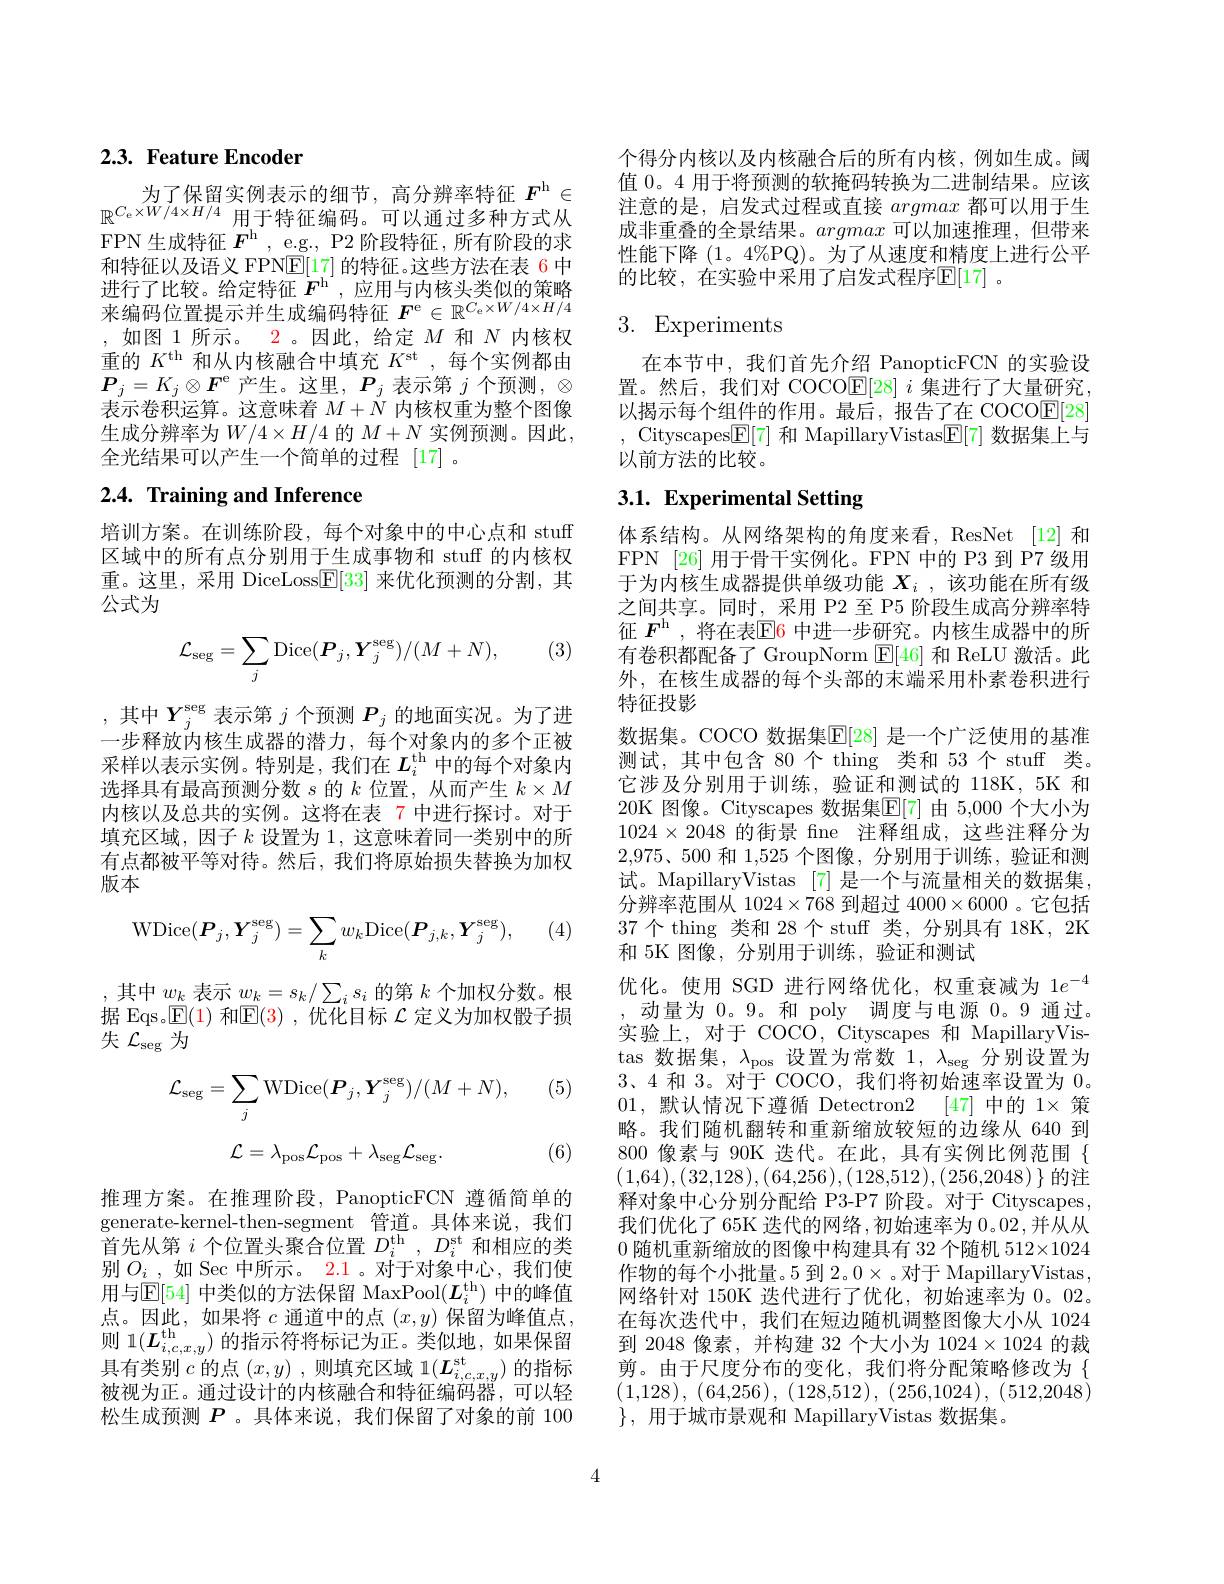
## 2.3. Feature Encoder

为了保留实例表示的细节，高分辨率特征$F^\mathrm{h}\in$ $\mathbb{R}^{C_{\mathrm{e}}\times W/4\times H/4}$用于特征编码。可以通过多种方式从FPN 生成特征$\boldsymbol{F}^\mathrm{h},\underline{\mathrm{e.g.,~P2~阶段特征，~所有阶段的求}}$ 和特征以及语义 FPNE[17]的特征。这些方法在表 6 中进行了比较。给定特征$F^\mathrm{h}$ ,应用与内核头类似的策略来编码位置提示并生成编码特征$F^\mathrm{e}\in\mathbb{R}^{C_\mathrm{e}\times W/4\times H/4}$ ,如图 1所示。2。因此，给定$M$和$N$内核权重的$K^\mathrm{th}$和从内核融合中填充$K^\mathrm{st}$ ,每个实例都由$\boldsymbol{P}_{j}=K_{j}\otimes\boldsymbol{F}^{\mathrm{e}}$ 产生。这里$,\boldsymbol{P}_j$ 表示第 $j$ 个预测$,\otimes$ 表示卷积运算。这意味着$M+\dot{N}$内核权重为整个图像生成分辨率为$W/4\times H/4$ 的 $M+N$ 实例预测。因此， 全光结果可以产生一个简单的过程[17]。

# $2. 4. \textbf{ Training and Inference}$

培训方案。在训练阶段，每个对象中的中心点和 stuff 区域中的所有点分别用于生成事物和 stuff 的内核权重。这里，采用 DiceLoss$\boxed{\mathrm{F}}[33]$来优化预测的分割，其公式为

(3)
$$\mathcal{L}_{\mathrm{seg}}=\sum_{j}\mathrm{Dice}(\boldsymbol{P}_{j},\boldsymbol{Y}_{j}^{\mathrm{seg}})/(M+N),$$
,其中$Y_j^\mathrm{seg}$表示第$j$个预测$P_j$的地面实况。为了进一步释放内核生成器的潜力，每个对象内的多个正被采样以表示实例。特别是，我们在$L_i^\mathrm{th}$中的每个对象内选择具有最高预测分数$s$的$k$位置，从而产生$k\times M$ 内核以及总共的实例。这将在表 7 中进行探讨。对于填充区域，因子$k$设置为 1, 这意味着同一类别中的所有点都被平等对待。然后，我们将原始损失替换为加权版本

(4)
$$\mathrm{WDice}(\boldsymbol{P}_{j},\boldsymbol{Y}_{j}^{\mathrm{seg}})=\sum_{k}w_{k}\mathrm{Dice}(\boldsymbol{P}_{j,k},\boldsymbol{Y}_{j}^{\mathrm{seg}}),$$
其中$w_k$表示$w_k=s_k/\sum_is_i$的第$k$个加权分数。根据 Eqs。$\mathbb{E}(1)$和$\mathbb{E}(3)$ ,优化目标$\mathcal{L}$定义为加权骰子损失$\mathcal{L}_\mathrm{seg}$为

(5)
$$\mathcal{L}_{\mathrm{seg}}=\sum_{j}\mathrm{WDice}(\boldsymbol{P}_{j},\boldsymbol{Y}_{j}^{\mathrm{seg}})/(M+N),$$
$$\mathcal{L}=\lambda_{\mathrm{pos}}\mathcal{L}_{\mathrm{pos}}+\lambda_{\mathrm{seg}}\mathcal{L}_{\mathrm{seg}}.$$
(6)

推理方案。在推理阶段，PanopticFCN 遵循简单的generate-kernel-then-segment 管道。具体来说，我们首先从第$i$个位置头聚合位置$D_i^\mathrm{th},D_i^\mathrm{st}$和相应的类别$O_i\_$,如 Sec 中所示。$\color{red} 2. 1$。对于对象中心，我们使用与$\mathbb{E}[54]$ 中类似的方法保留 MaxPool$(L_i^\mathrm{th})$ 中的峰值点。因此，如果将$c$通道中的点$(x,y)$保留为峰值点， 具有类别$c$的点$(x,y)$,则填充区域 1$(L_i,c,x,y^\mathrm{st})$的指标被视为正。通过设计的内核融合和特征编码器，可以轻松生成预测$P$ 。具体来说，我们保留了对象的前 100

个得分内核以及内核融合后的所有内核，例如生成。阈值 0。4 用于将预测的软掩码转换为二进制结果。应该注意的是，启发式过程或直接argmax都可以用于生成非重叠的全景结果。argmax可以加速推理，但带来性能下降(1。4%PQ)。为了从速度和精度上进行公平的比较，在实验中采用了启发式程序$\mathbb{E}[17]$ 。

## 3. Experiments

在本节中，我们首先介绍 PanopticFCN 的实验设置。然后，我们对 COCOE[28] $i$集进行了大量研究， 以揭示每个组件的作用。最后，报告了在 COCO$\mathbb{E}[28]$ , Cityscapes$\underline{\mathrm{E}}[7]$和 MapillaryVistas$\underline{\mathrm{E}}[7]$数据集上与以前方法的比较。

# 3.1. Experimental Setting

体系结构。从网络架构的角度来看，ResNet [12] 和FPN [26] 用于骨干实例化。FPN 中的 P3 到 P7 级用于为内核生成器提供单级功能$X_i$ , 该功能在所有级之间共享。同时，采用 P2 至 P5 阶段生成高分辨率特征 $F^\mathrm{h}$ ,将在表$\overline{\mathbb{E}}$6 中进一步研究。内核生成器中的所有卷积都配备了 GroupNorm $\boxed{\mathrm{E}}[46]$和 ReLU 激活。此外，在核生成器的每个头部的末端采用朴素卷积进行特征投影
数据集。COCO 数据集$\mathbb{E}[28]$ 是一个广泛使用的基准测试，其中包含 80 个 thing 类和 53 个 stuff 类。它涉及分别用于训练，验证和测试的 118K, 5K 和20K 图像。Cityscapes 数据集$\overline{\mathbb{E}}[7]$ 由 5,000 个大小为$1024\times2048$的街景 fne 注释组成，这些注释分为$2,975、500$和 1,525 个图像，分别用于训练，验证和测试。MapillaryVistas [7]是一个与流量相关的数据集， 分辨率范围从$1024\times768$到超过$4000\times6000$ 。它包括37个 thing 类和 28 个 stuff 类，分别具有 18K, 2K 和 5K 图像，分别用于训练，验证和测试
优化。使用 SGD 进行网络优化，权重衰减为 1$e^{-4}$ ,动量为0。9。和 poly 调度与电源0。9 通过。实验上，对于 COCO, Cityscapes 和 MapillaryVistas 数据集，$\lambda_\mathrm{pos}$设置为常数 1,$\lambda_\mathrm{seg}$ 分别设置为3、4 和3。对于 COCO, 我们将初始速率设置为0。01,默认情况下遵循 Detectron2 [47]中的$1\times$策略。我们随机翻转和重新缩放较短的边缘从 640 到800像素与 90K 迭代。在此，具有实例比例范围$\{$ $(1,64),(32,128),(64,256),(128,512),(256,2048)\}$的注释对象中心分别分配给 P3-P7 阶段。对于 Cityscapes, 我们优化了65K 迭代的网络，初始速率为 0。02,并从从0随机重新缩放的图像中构建具有 32 个随机 512×1024作物的每个小批量。5 到 2。0$\times$。对于 MapillaryVistas, 网络针对 150K 迭代进行了优化，初始速率为 0。02。在每次迭代中，我们在短边随机调整图像大小从 1024到 2048 像素，并构建 32 个大小为 1024$\times1024$的裁剪。由于尺度分布的变化，我们将分配策略修改为{ (1,128), (64,256), (128,512), (256,1024), (512,2048) $\}$,用于城市景观和 MapillaryVistas 数据集。

4